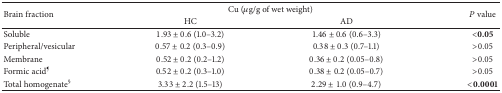
| <ROWSPAN=2> Brain fraction | <COLSPAN=2> Cu (μg/g of wet weight) | <ROWSPAN=2> P value |
 | HC | AD |
 | --- | --- | --- | --- |
 | Soluble | 1.93 ± 0.6 (1.0–3.2) | 1.46 ± 0.6 (0.6–3.3) | <0.05 |
 | Peripheral/vesicular | 0.57 ± 0.2 (0.3–0.9) | 0.38 ± 0.3 (0.7–1.1) | >0.05 |
 | Membrane | 0.52 ± 0.2 (0.2–1.2) | 0.36 ± 0.2 (0.05–0.8) | >0.05 |
 | Formic acid¶ | 0.52 ± 0.2 (0.3–1.0) | 0.38 ± 0.2 (0.05–0.7) | >0.05 |
 | Total homogenate§ | 3.33 ± 2.2 (1.5–13) | 2.29 ± 1.0 (0.9–4.7) | <0.0001 |